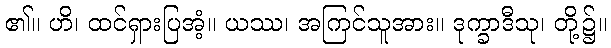
၏။ ဟိ၊ ထင်ရှားပြအံ့။ ယဿ၊ အကြင်သူအား။ ဒုက္ခာဒီသု၊ တို့၌။